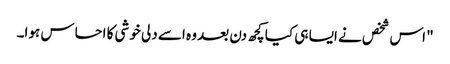
" اس شخص نے ایسا ہی کیا کچھ دن بعد وہ اسے دلی خوشی کا احساس ہوا۔